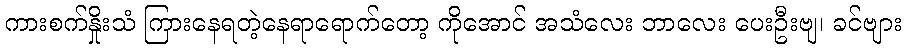
ကားစက်နှိုးသံ ကြားနေရတဲ့နေရာရောက်တော့ ကိုအောင် အသံလေး ဘာလေး ပေးဦးဗျ၊ ခင်ဗျား